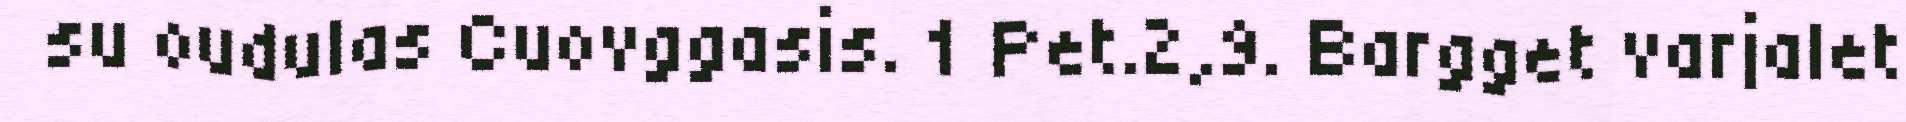
su oudulas Cuovggasis. 1 Pet.2,9. Bargget varjalet